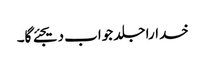
خدارا جلد جواب دیجئے گا۔